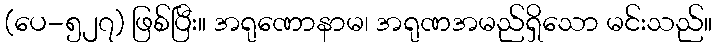
(ပေ-၅၂၇) ဖြစ်ပြီး။ အရုဏောနာမ၊ အရုဏအမည်ရှိသော မင်းသည်။